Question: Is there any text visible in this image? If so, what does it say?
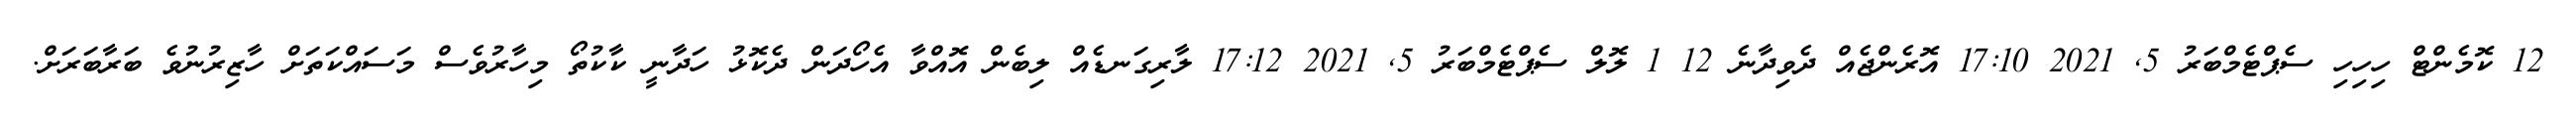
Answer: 12 ކޮމެންޓް ހިހިހި ސެޕްޓެމްބަރު 5, 2021 17:10 އޮރެންޖެއް ދެވިދާނެ 12 1 ލޮލް ސެޕްޓެމްބަރު 5, 2021 17:12 ލާރިގަނޑެއް ލިބެން އޮއްވާ އެހޯދަން ދެކޮޅު ހަދާނީ ކާކުތޯ މިހާރުވެސް މަސައްކަތަށް ހާޒިރުނުވެ ބަރާބަރަށް.